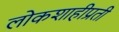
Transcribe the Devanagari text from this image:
लोकशाहीप्रती